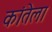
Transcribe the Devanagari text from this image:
कांतेला